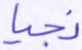
نجيا